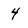
Character: 4